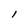
Character: l